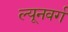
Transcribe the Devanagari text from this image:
ल्यूनवर्ग